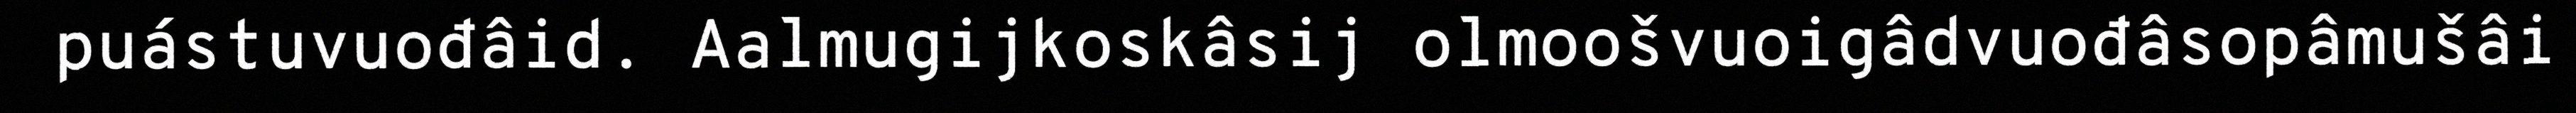
puástuvuođâid. Aalmugijkoskâsij olmoošvuoigâdvuođâsopâmušâi